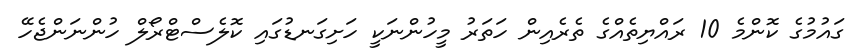
ގައުމުގެ ކޮންމެ 10 ރައްޔިތެއްގެ ތެރެއިން ހަަތަރު މީހުންނަކީ ހަށިގަނޑުގައި ކޮލެސްޓްރޯލް ހުންނަންޖެހޭ